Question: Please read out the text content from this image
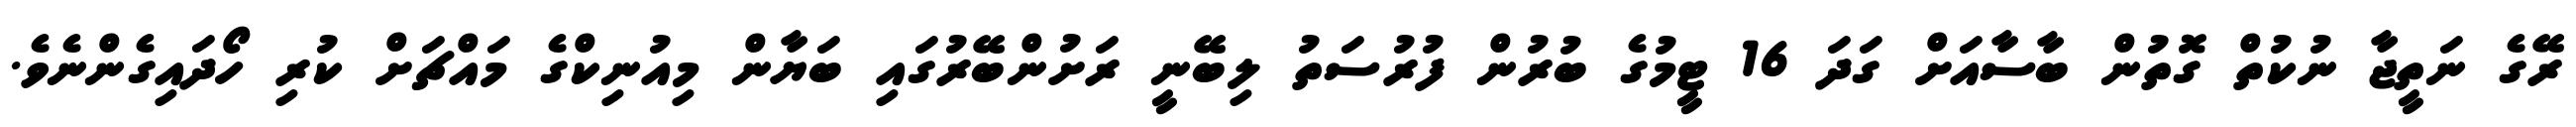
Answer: ރޭގެ ނަތީޖާ ނުކުތް ގޮތުން ބާސާއަށް ގަދަ 16 ޓީމުގެ ބުރުން ފުރުސަތު ލިބޭނީ ރަށުންބޭރުގައި ބަޔާން މިއުނިކްގެ މައްޗަށް ކުރި ހޯދައިގެންނެވެ.